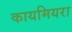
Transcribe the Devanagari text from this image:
कायमियरा